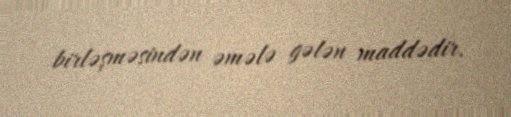
birləşməsindən əmələ gələn maddədir.